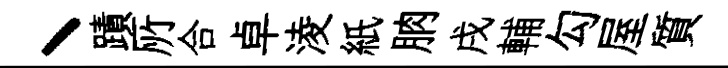
丶蹟𠩄合卓淩紙朒戌輔勾屋質